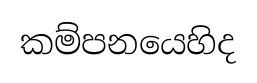
කම්පනයෙහිද